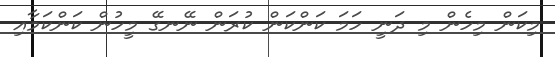
މިކަން މިހެން މި ދަނީ ހަމަ ކަންކަން ކުރަން ނޭނގޭ މީހުން ކަންކަމާއި